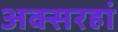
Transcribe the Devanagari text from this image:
अक्सरहां